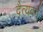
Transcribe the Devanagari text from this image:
दैत्यवर्ग